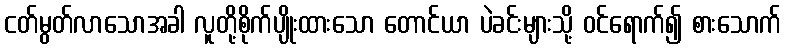
ငတ်မွတ်လာသောအခါ လူတို့စိုက်ပျိုးထားသော တောင်ယာ ပဲခင်းများသို့ ဝင်ရောက်၍ စားသောက်